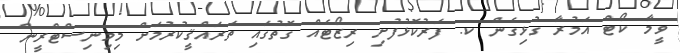
ވީމާ ކޯޓް އަމުރާ ގުޅިގެން ކ. ފަރުކޮޅުފުށި ރިޒޯޓެއް ގޮތުގައި ތަރައްޤީކުރުމަށް މިމިނިސްޓްރީން